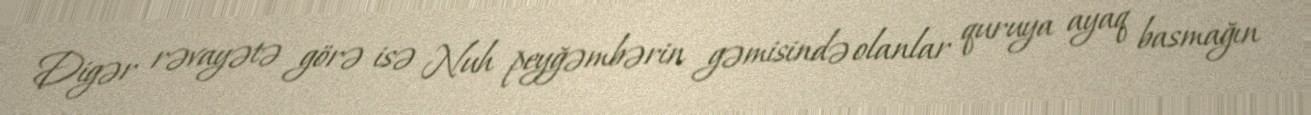
Digər rəvayətə görə isə Nuh peyğəmbərin gəmisində olanlar quruya ayaq basmağın